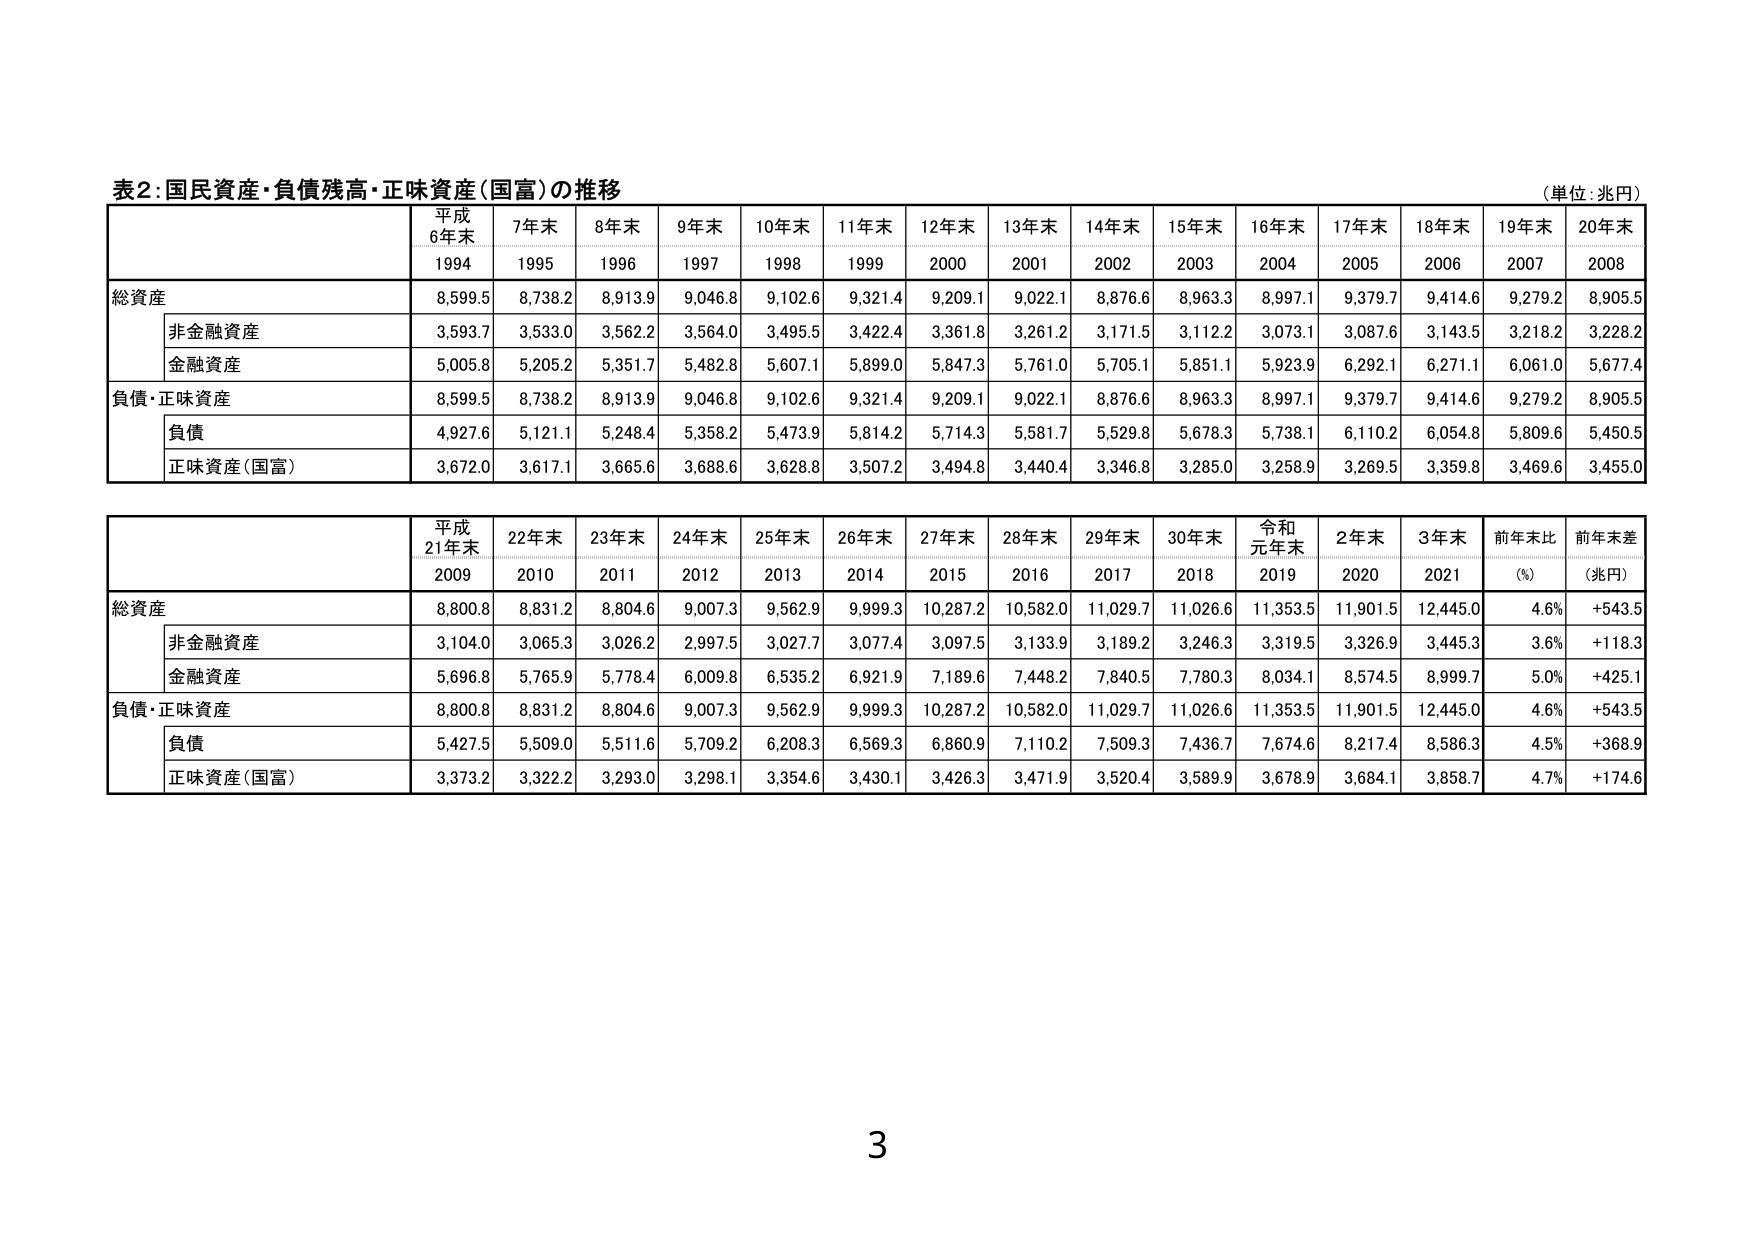
表2：国民資産・負債残高・正味資産（国富）の推移
（単位：兆円）

平成
6年末
7年末
8年末
9年末
10年末
11年末
12年末
13年末
14年末
15年末
16年末
17年末
18年末
19年末
20年末
1994
1995
1996
1997
1998
1999
2000
2001
2002
2003
2004
2005
2006
2007
2008

総資産
8,599.5
8,738.2
8,913.9
9,046.8
9,102.6
9,321.4
9,209.1
9,022.1
8,876.6
8,963.3
8,997.1
9,379.7
9,414.6
9,279.2
8,905.5

　非金融資産
3,593.7
3,533.0
3,562.2
3,564.0
3,495.5
3,422.4
3,361.8
3,261.2
3,171.5
3,112.2
3,073.1
3,087.6
3,143.5
3,218.2
3,228.2

　金融資産
5,005.8
5,205.2
5,351.7
5,482.8
5,607.1
5,899.0
5,847.3
5,761.0
5,705.1
5,851.1
5,923.9
6,292.1
6,271.1
6,061.0
5,677.4

負債・正味資産
8,599.5
8,738.2
8,913.9
9,046.8
9,102.6
9,321.4
9,209.1
9,022.1
8,876.6
8,963.3
8,997.1
9,379.7
9,414.6
9,279.2
8,905.5

　負債
4,927.6
5,121.1
5,248.4
5,358.2
5,473.9
5,814.2
5,714.3
5,581.7
5,529.8
5,678.3
5,738.1
6,110.2
6,054.8
5,809.6
5,450.5

　正味資産（国富）
3,672.0
3,617.1
3,665.6
3,688.6
3,628.8
3,507.2
3,494.8
3,440.4
3,346.8
3,285.0
3,258.9
3,269.5
3,359.8
3,469.6
3,455.0

平成
21年末
22年末
23年末
24年末
25年末
26年末
27年末
28年末
29年末
30年末
令和
元年末
2年末
3年末
前年末比
前年末差
2009
2010
2011
2012
2013
2014
2015
2016
2017
2018
2019
2020
2021
(%)
(兆円)

総資産
8,800.8
8,831.2
8,804.6
9,007.3
9,562.9
9,999.3
10,287.2
10,582.0
11,029.7
11,026.6
11,353.5
11,901.5
12,445.0
4.6%
+543.5

　非金融資産
3,104.0
3,065.3
3,026.2
2,997.5
3,027.7
3,077.4
3,097.5
3,133.9
3,189.2
3,246.3
3,319.5
3,326.9
3,445.3
3.6%
+118.3

　金融資産
5,696.8
5,765.9
5,778.4
6,009.8
6,535.2
6,921.9
7,189.6
7,448.2
7,840.5
7,780.3
8,034.1
8,574.5
8,999.7
5.0%
+425.1

負債・正味資産
8,800.8
8,831.2
8,804.6
9,007.3
9,562.9
9,999.3
10,287.2
10,582.0
11,029.7
11,026.6
11,353.5
11,901.5
12,445.0
4.6%
+543.5

　負債
5,427.5
5,509.0
5,511.6
5,709.2
6,208.3
6,569.3
6,860.9
7,110.2
7,509.3
7,436.7
7,674.6
8,217.4
8,586.3
4.5%
+368.9

　正味資産（国富）
3,373.2
3,322.2
3,293.0
3,298.1
3,354.6
3,430.1
3,426.3
3,471.9
3,520.4
3,589.9
3,678.9
3,684.1
3,858.7
4.7%
+174.6

3